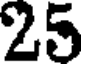
25